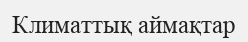
Климаттық аймақтар